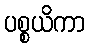
ပစ္စယိကာ